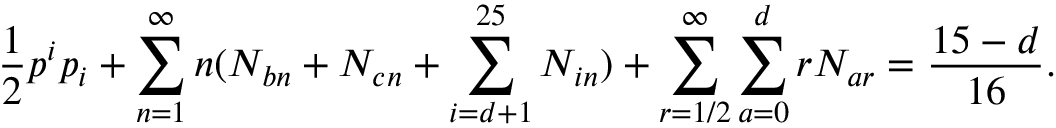
\frac { 1 } { 2 } p ^ { i } p _ { i } + \sum _ { n = 1 } ^ { \infty } n ( N _ { b n } + N _ { c n } + \sum _ { i = d + 1 } ^ { 2 5 } N _ { i n } ) + \sum _ { r = 1 / 2 } ^ { \infty } \sum _ { a = 0 } ^ { d } r N _ { a r } = { \frac { 1 5 - d } { 1 6 } } .